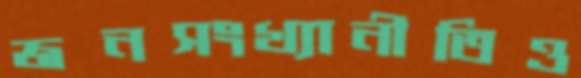
জনসংখ্যানীতিও